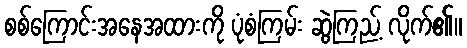
စစ်ကြောင်းအနေအထားကို ပုံစံကြမ်း ဆွဲကြည့် လိုက်၏။